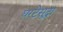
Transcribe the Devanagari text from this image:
घरटेसुद्धा